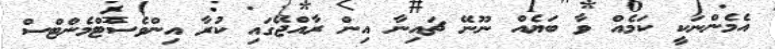
އެމެންނަކީ ކަމެއް ވާ ބަޔެއް ނޫނޭ ޗައިނާ އިން ރާއްޖޭގައި ކުރާ އިންވެސްޓްމެންޓްސް